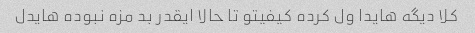
کلا دیگه هایدا ول کرده کیفیتو تا حالا ایقدر بد مزه نبوده هایدل